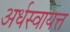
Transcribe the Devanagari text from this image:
अर्धस्वायत्त